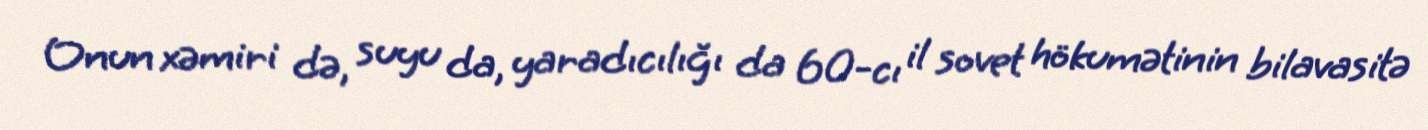
Onun xəmiri də, suyu da, yaradıcılığı da 60-cı il sovet hökumətinin bilavasitə